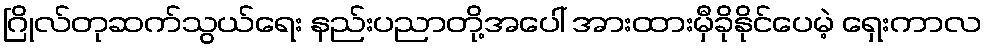
ဂြိုလ်တုဆက်သွယ်ရေး နည်းပညာတို့အပေါ် အားထားမှီခိုနိုင်ပေမဲ့ ရှေးကာလ